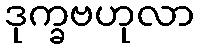
ဒုက္ခဗဟုလာ